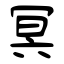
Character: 冥